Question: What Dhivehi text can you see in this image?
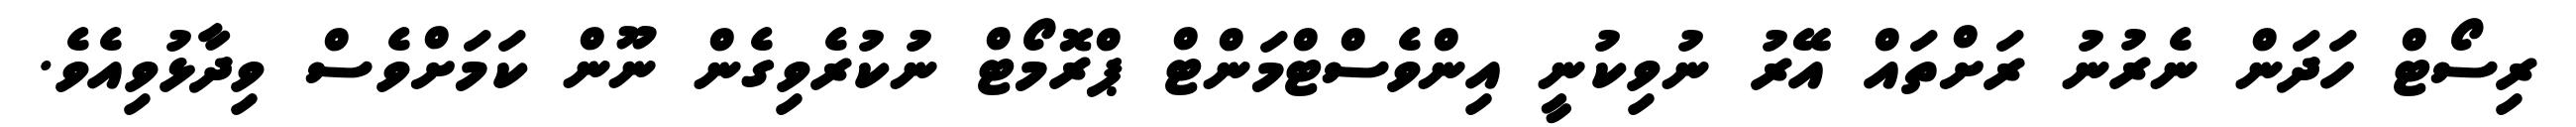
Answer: ރިސޯޓް ހަދަން ނެރުނު ރަށްތައް އޭރު ނުވިކުނީ އިންވެސްޓްމަންޓް ޕްރޮމޯޓް ނުކުރެވިގެން ނޫން ކަމަށްވެސް ވިދާޅުވިއެވެ.